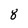
Character: 8